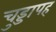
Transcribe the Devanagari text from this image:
चुड्डापह